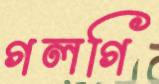
গলগি